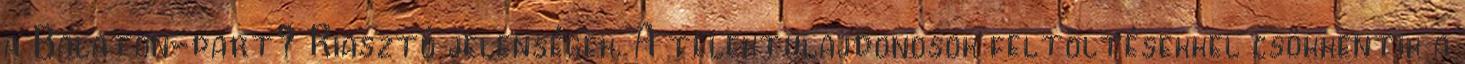
a Balaton-part? Riasztó jelenségek. A telektulajdonosok feltöltésekkel csökkentik a